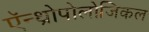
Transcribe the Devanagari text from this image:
ऍन्थ्रोपोलोजिकल